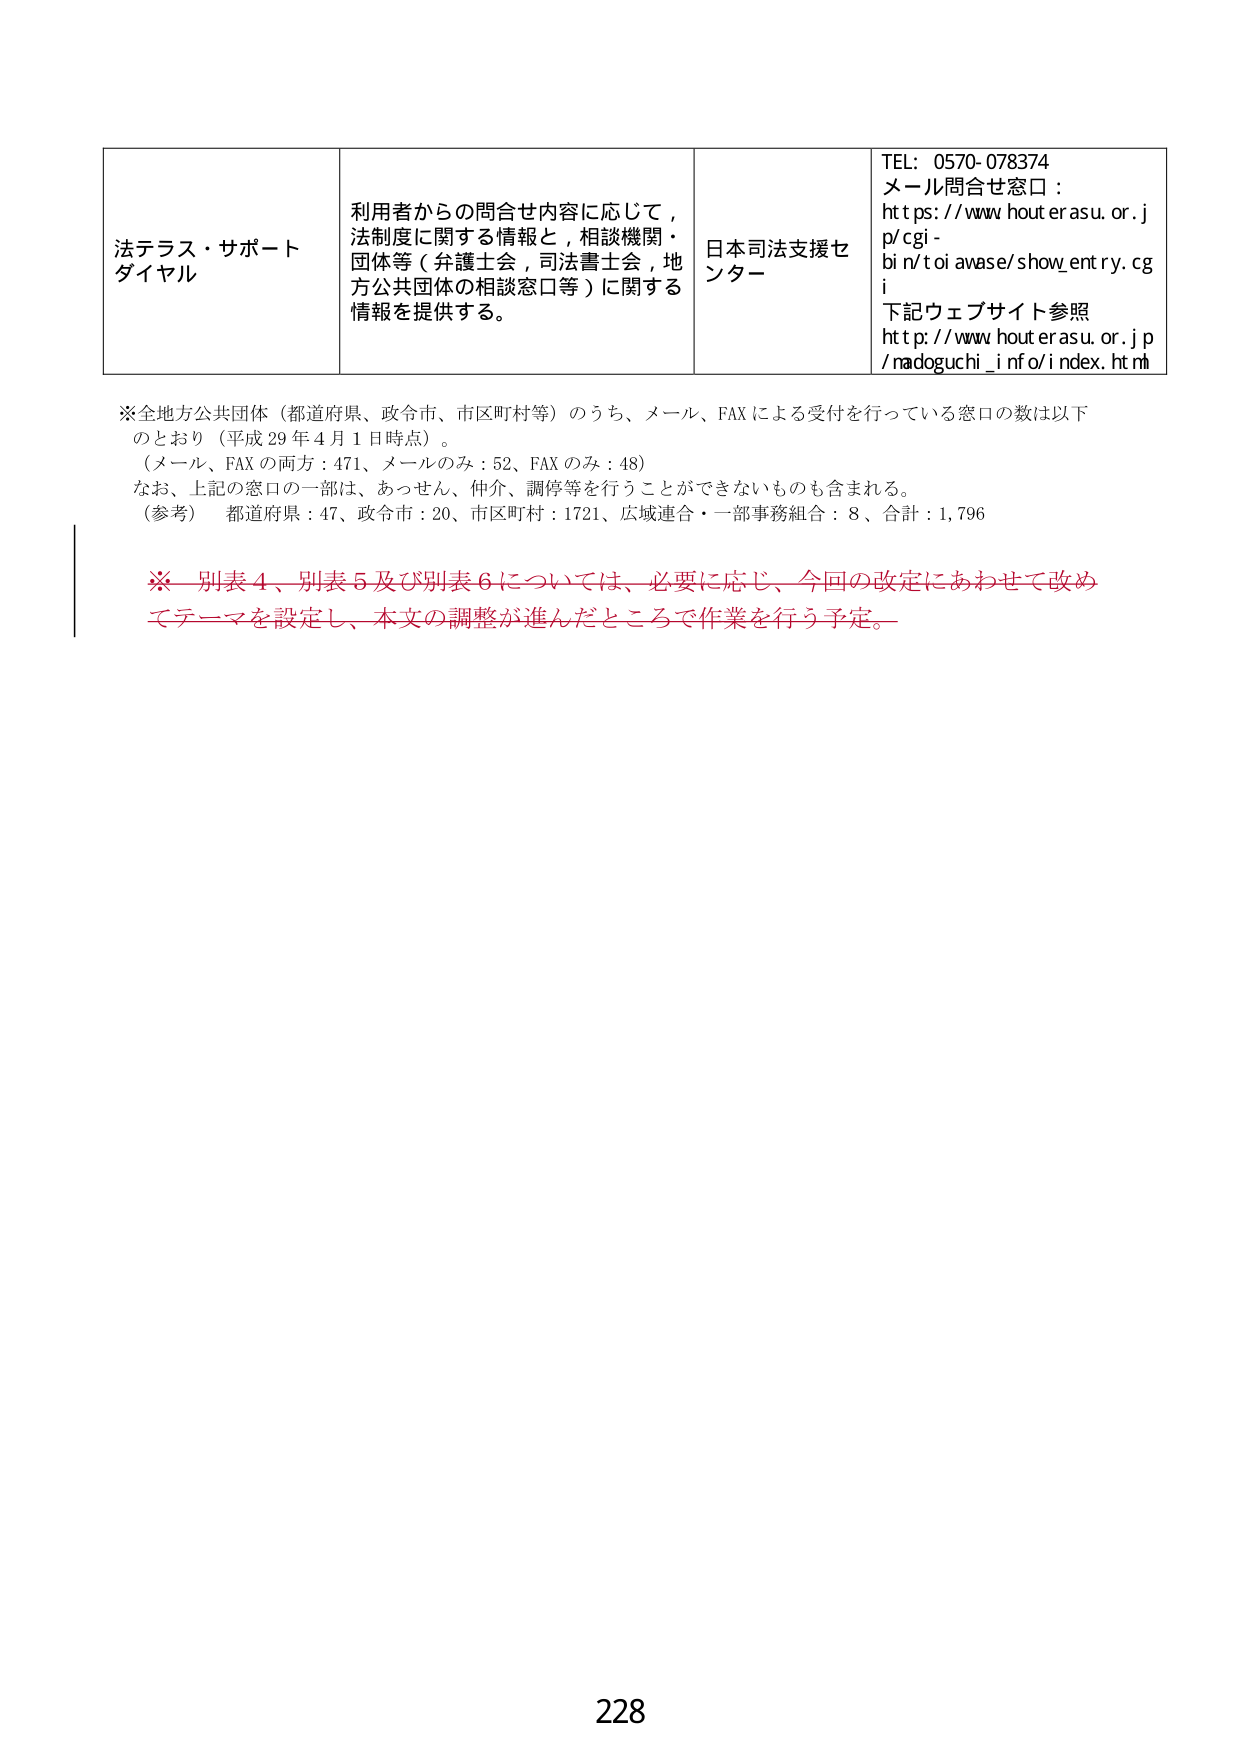
法テラス・サポート
ダイヤル

利用者からの問合せ内容に応じて，
法制度に関する情報と，相談機関・
団体等（弁護士会，司法書士会，地
方公共団体の相談窓口等）に関する
情報を提供する。

日本司法支援セ
ンター

TEL: 0570-078374
メール問合せ窓口：
https://www.houterasu.or.jp/cgi-bin/toiawase/show_entry.cgi
下記ウェブサイト参照
http://www.houterasu.or.jp/radoguchi_info/index.html

※全地方公共団体（都道府県、政令市、市区町村等）のうち、メール、FAXによる受付を行っている窓口の数は以下のとおり（平成29年4月1日時点）。
（メール、FAXの両方：471、メールのみ：52、FAXのみ：48）
なお、上記の窓口の一部は、あっせん、仲介、調停等を行うことができないものも含まれる。
（参考） 都道府県：47、政令市：20、市区町村：1721、広域連合・一部事務組合：8、合計：1,796

※別表4、別表5及び別表6については、必要に応じ、今回の改定にあわせて改めてテーマを設定し、本文の調整が進んだところで作業を行う予定。

228